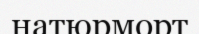
натюрморт